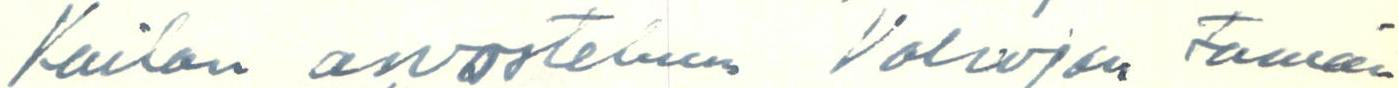
Kailan arvosteluun Valvojan tämän